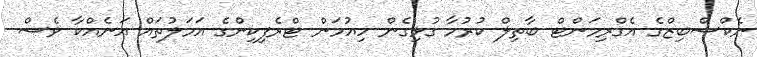
ނެކްސްބިޒްގެ އެގްރިމަންޓް ބާތިލް ކުރުމާ ގުޅިގެން ހިއުމަން ޓްރެފިކިންގެ އަމަލުތައް އަނެއްކާ ވެސް